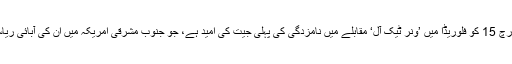
اُنھیں مارچ 15 کو فلوریڈا میں ’ونر ٹیک آل‘ مقابلے میں نامزدگی کی پہلی جیت کی امید ہے، جو جنوب مشرقی امریکہ میں اُن کی آبائی ریاست ہے۔